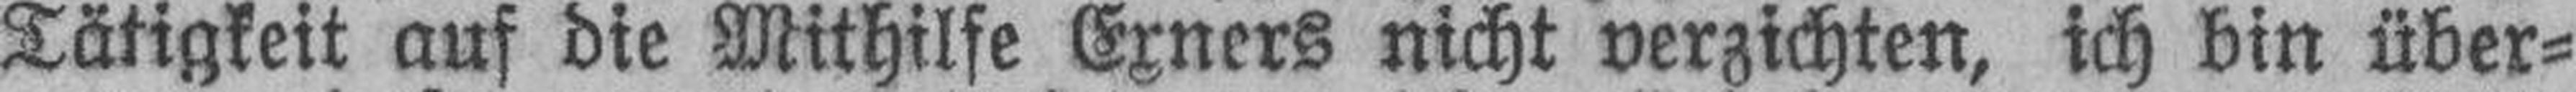
Tätigkeit auf die Mithilfe Exners nicht verzichten, ich bin über¬